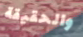
والحقيقة